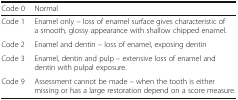
<table><thead><tr><td><b>Code 0</b></td><td><b>Normal</b></td></tr></thead><tbody><tr><td>Code 1</td><td>Enamel only – loss of enamel surface gives characteristic of a smooth, glossy appearance with shallow chipped enamel.</td></tr><tr><td>Code 2</td><td>Enamel and dentin – loss of enamel, exposing dentin</td></tr><tr><td>Code 3</td><td>Enamel, dentin and pulp – extensive loss of enamel and dentin with pulpal exposure.</td></tr><tr><td>Code 9</td><td>Assessment cannot be made – when the tooth is either missing or has a large restoration depend on a score measure.</td></tr></tbody></table>